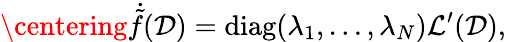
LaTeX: \centering\dot{\tilde{f}}(\mathcal{D})=\mathrm{diag}(\lambda_{1},\ldots,\lambda_{N}){\cal L}^{\prime}(\mathcal{D}),